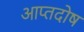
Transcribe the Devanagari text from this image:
आप्तदोष